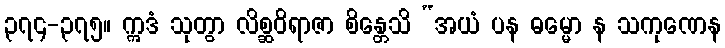
၃၇၄-၃၇၅။ ဣဒံ သုတွာ လိစ္ဆဝိရာဇာ စိန္တေသိ “အယံ ပန ဓမ္မော န သကုဏေန